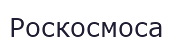
Роскосмоса